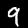
Digit: 9